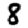
Digit: 8